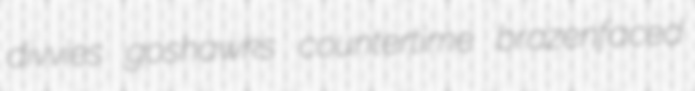
divvies goshawks countertime brazenfaced